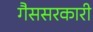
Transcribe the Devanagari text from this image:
गैससरकारी